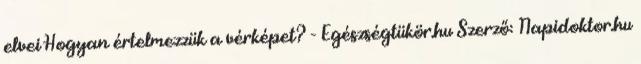
elvei Hogyan értelmezzük a vérképet? - Egészségtükör.hu Szerző: Napidoktor.hu